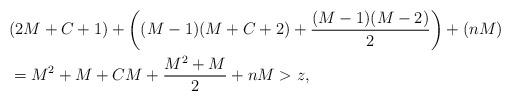
LaTeX: \begin{align*}&(2M+C+1)+\left((M-1)(M+C+2)+\frac{(M-1)(M-2)}{2}\right)+(nM)\\&=M^2+M+CM+\frac{M^2+M}{2}+nM>z,\end{align*}